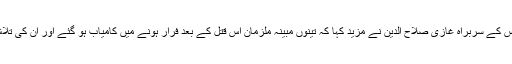
‘‘ ضلعی پولیس کے سربراہ غازی صلاح الدین نے مزید کہا کہ تینوں مبینہ ملزمان اس قتل کے بعد فرار ہونے میں کامیاب ہو گئے اور ان کی تلاش جاری ہے۔